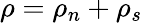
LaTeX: \rho=\rho_{n}+\rho_{s}